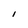
Character: I